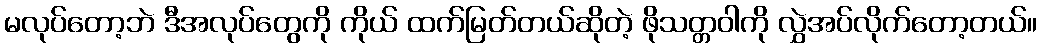
မလုပ်တော့ဘဲ ဒီအလုပ်တွေကို ကိုယ် ထက်မြတ်တယ်ဆိုတဲ့ ဖိုသတ္တဝါကို လွှဲအပ်လိုက်တော့တယ်။